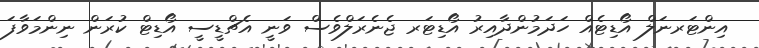
އިންޓަރނަލް އޯޑިޓެއް ހަދަމުންދާއިރު އޯޑިޓަރ ޖެނެރަލްވެސް ވަނީ އެޗްޑީސީ އޯޑިޓް ކުރަން ނިންމަވާފަ